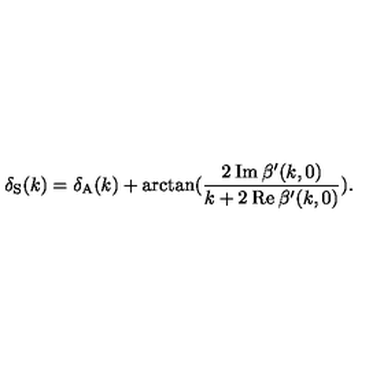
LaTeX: \delta _ { \mathrm { S } } ( k ) = \delta _ { \mathrm { A } } ( k ) + \arctan ( \frac { 2 \: \mathrm { I m } \: \beta ^ { \prime } ( k , 0 ) } { k + 2 \: \mathrm { R e } \: \beta ^ { \prime } ( k , 0 ) } ) .